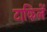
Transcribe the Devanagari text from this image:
टाकिलें